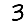
Digit: 3